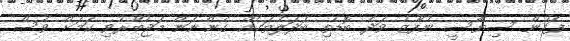
ފަހުން ސިޔާސީ ނުފޫޒު ވަދެ ބޮޑެތި ބަދަލުތަކެއް ގެންނަން މަޖުބޫރުވި ކަމަށް ވެސް